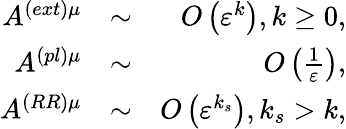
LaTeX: \begin{array}{rlr}{A^{\left(ext\right)\mu}}&{\sim}&{O\left(\varepsilon^{k}\right),k\geq 0,}\\ {A^{\left(pl\right)\mu}}&{\sim}&{O\left(\frac{1}{\varepsilon}\right),}\\ {A^{\left(RR\right)\mu}}&{\sim}&{O\left(\varepsilon^{k_{s}}\right),k_{s}>k,}\end{array}